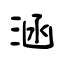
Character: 涵